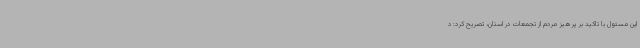
این مسئول با تاکید بر پرهیز مردم از تجمعات در استان، تصریح کرد: د